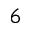
_ 6